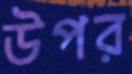
উপর